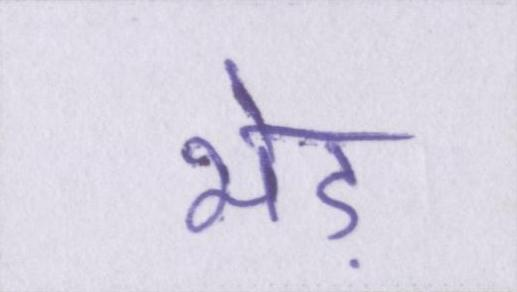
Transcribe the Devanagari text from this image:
भेड़